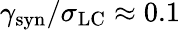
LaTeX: \gamma_{\mathrm{syn}}/\sigma_{\mathrm{LC}}\approx 0.1